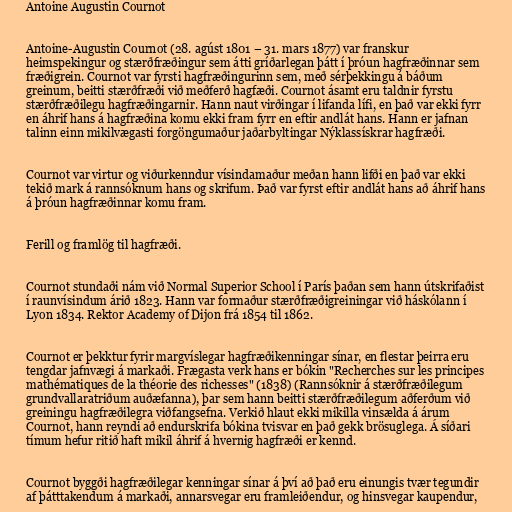
Antoine Augustin Cournot

Antoine-Augustin Cournot (28. agúst 1801 – 31. mars 1877) var franskur
heimspekingur og stærðfræðingur sem átti gríðarlegan þátt í þróun hagfræðinnar sem
fræðigrein. Cournot var fyrsti hagfræðingurinn sem, með sérþekkingu á báðum
greinum, beitti stærðfræði við meðferð hagfæði. Cournot ásamt eru taldnir fyrstu
stærðfræðilegu hagfræðingarnir. Hann naut virðingar í lifanda lífi, en það var ekki fyrr
en áhrif hans á hagfræðina komu ekki fram fyrr en eftir andlát hans. Hann er jafnan
talinn einn mikilvægasti forgöngumaður jaðarbyltingar Nýklassískrar hagfræði.

Cournot var virtur og viðurkenndur vísindamaður meðan hann lifði en það var ekki
tekið mark á rannsóknum hans og skrifum. Það var fyrst eftir andlát hans að áhrif hans
á þróun hagfræðinnar komu fram.

Ferill og framlög til hagfræði.

Cournot stundaði nám við Normal Superior School í París þaðan sem hann útskrifaðist
í raunvísindum árið 1823. Hann var formaður stærðfræðigreiningar við háskólann í
Lyon 1834. Rektor Academy of Dijon frá 1854 til 1862.

Cournot er þekktur fyrir margvíslegar hagfræðikenningar sínar, en flestar þeirra eru
tengdar jafnvægi á markaði. Frægasta verk hans er bókin "Recherches sur les principes
mathématiques de la théorie des richesses" (1838) (Rannsóknir á stærðfræðilegum
grundvallaratriðum auðæfanna), þar sem hann beitti stærðfræðilegum aðferðum við
greiningu hagfræðilegra viðfangsefna. Verkið hlaut ekki mikilla vinsælda á árum
Cournot, hann reyndi að endurskrifa bókina tvisvar en það gekk brösuglega. Á síðari
tímum hefur ritið haft mikil áhrif á hvernig hagfræði er kennd.

Cournot byggði hagfræðilegar kenningar sínar á því að það eru einungis tvær tegundir
af þátttakendum á markaði, annarsvegar eru framleiðendur, og hinsvegar kaupendur,